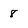
Character: 8